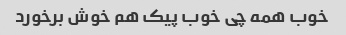
خوب همه چی خوب پیک هم خوش برخورد